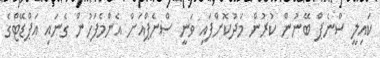
ކައިލީ ސްނެޕް ބޭނުން ކުރުން މަދުކޮށްފައި ވަނީ ސްނެޕްއަށް އެންމެފަހުން ގެނައި އަޕްޑޭޓްގެ